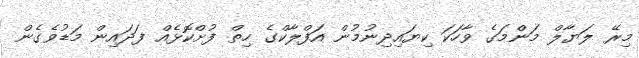
މިރޭ ލަޔާލް މަންމަގެ ވާހަކަ ކިޔައިދިނުމުން އަފްލާކްގެ ހިތް ފުށްކޮޅެއް ފަދައިން މަޑުވެގެން